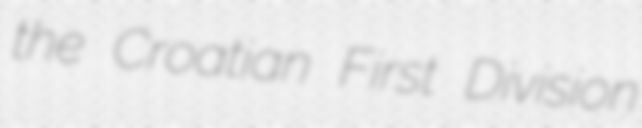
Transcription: the Croatian First Division